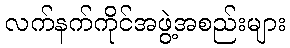
လက်နက်ကိုင်အဖွဲ့အစည်းများ